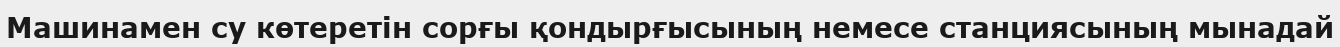
Машинамен су көтеретін сорғы қондырғысының немесе станциясының мынадай